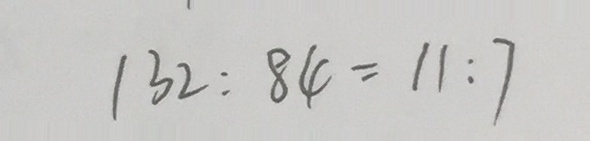
1 3 2 : 8 4 = 1 1 : 7